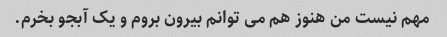
مهم نیست من هنوز هم می توانم بیرون بروم و یک آبجو بخرم.